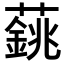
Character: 𦾺